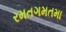
રમતગમતમા